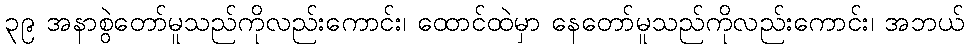
၃၉ အနာစွဲတော်မူသည်ကိုလည်းကောင်း၊ ထောင်ထဲမှာ နေတော်မူသည်ကိုလည်းကောင်း၊ အဘယ်